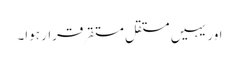
اور یہیں مستقل مستقر قرار ہوا۔